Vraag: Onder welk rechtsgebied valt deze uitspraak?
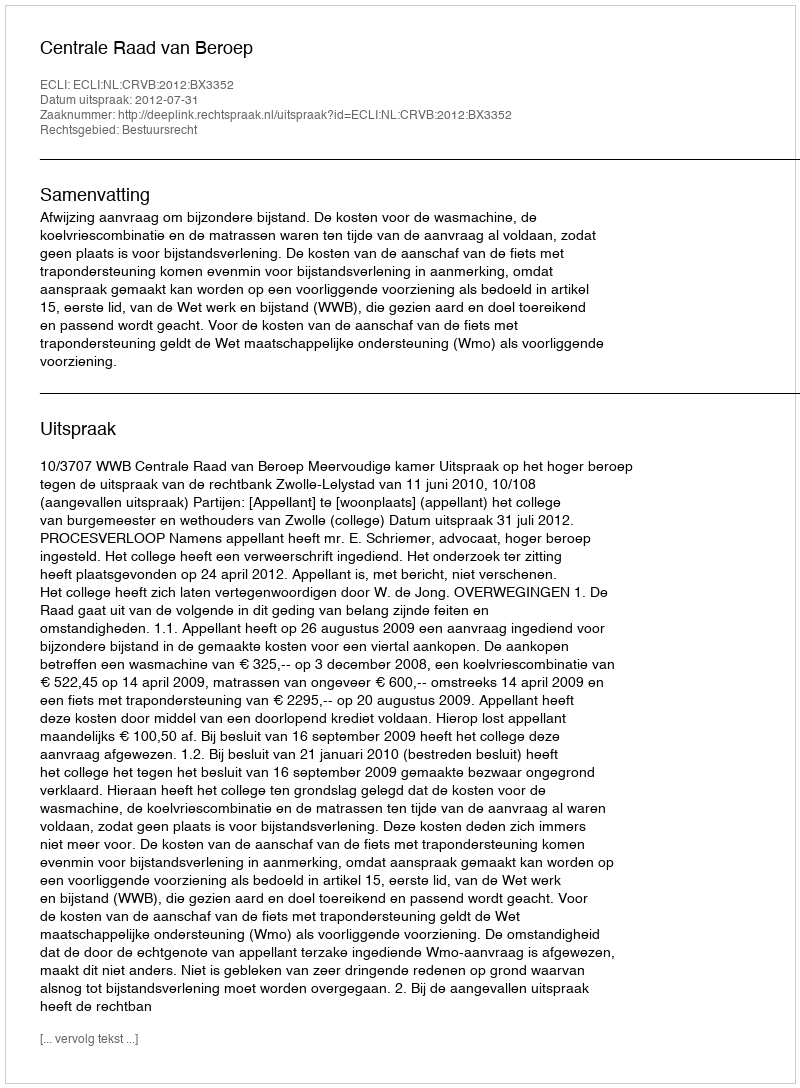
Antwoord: Bestuursrecht